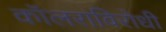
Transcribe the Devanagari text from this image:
कॉलराविरोधी